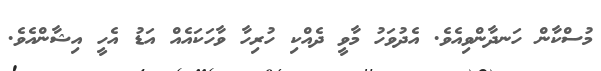
މުސްކާން ހަނދާންވިއެވެ. އެދުވަހު މާވީ ދެއްކި ހުރިހާ ވާހަކައެއް އަޑު އެހީ އިޝާންއެވެ.